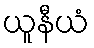
ယူနီယံ